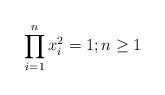
LaTeX: \begin{align*}\prod_{i=1}^nx_i^2=1; n\geq 1\end{align*}